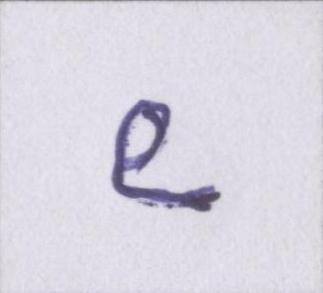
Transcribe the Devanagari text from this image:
९